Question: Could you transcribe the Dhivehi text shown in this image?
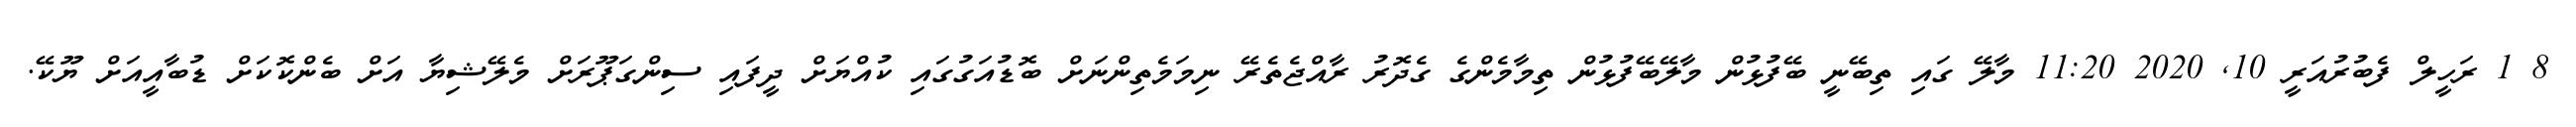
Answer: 8 1 ރަހީލް ފެބުރުއަރީ 10, 2020 11:20 މާލޭ ގައި ތިބޭނީ ބޭފުޅުން މާލޭބޭފުޅުން ތިމާމެންގެ ގެދޮރު ރާއްޖެތެރޭ ނިމަމެތިންނަށް ބޮޑުއަގުގައި ކުއްޔަށް ދީފައި ސިންގަޕޫރަށް މެލޭޝިޔާ އަށް ބެންކޮކަށް ޑުބާއީއަށް ޔޫކޭ.